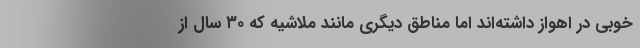
خوبی در اهواز داشته‌اند اما مناطق دیگری مانند ملاشیه که ۳۰ سال از